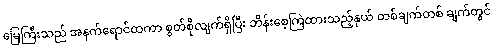
မြေကြီးသည် အနက်ရောင်ထကာ စွတ်စိုလျက်ရှိပြီး ဘိန်းစေ့ကြဲထားသည့်နှယ် တစ်ချက်တစ် ချက်တွင်